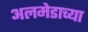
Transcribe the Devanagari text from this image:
अलमेडाच्या